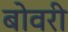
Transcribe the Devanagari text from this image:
बोवरी